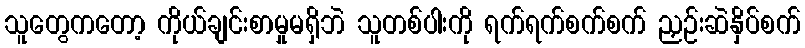
သူတွေကတော့ ကိုယ်ချင်းစာမှုမရှိဘဲ သူတစ်ပါးကို ရက်ရက်စက်စက် ညှဉ်းဆဲနှိပ်စက်